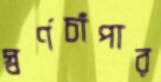
স্বর্ণচাঁপার